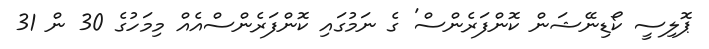
ޕޮލިސީ ކޯޑިނޭޝަން ކޮންފަރެންސް' ގެ ނަމުގައި ކޮންފަރެންސްއެއް މިމަހުގެ 30 ން 31